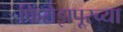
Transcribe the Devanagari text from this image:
फिरोझपूरच्या